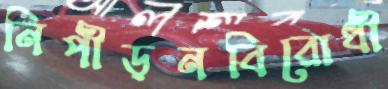
নিপীড়নবিরোধী